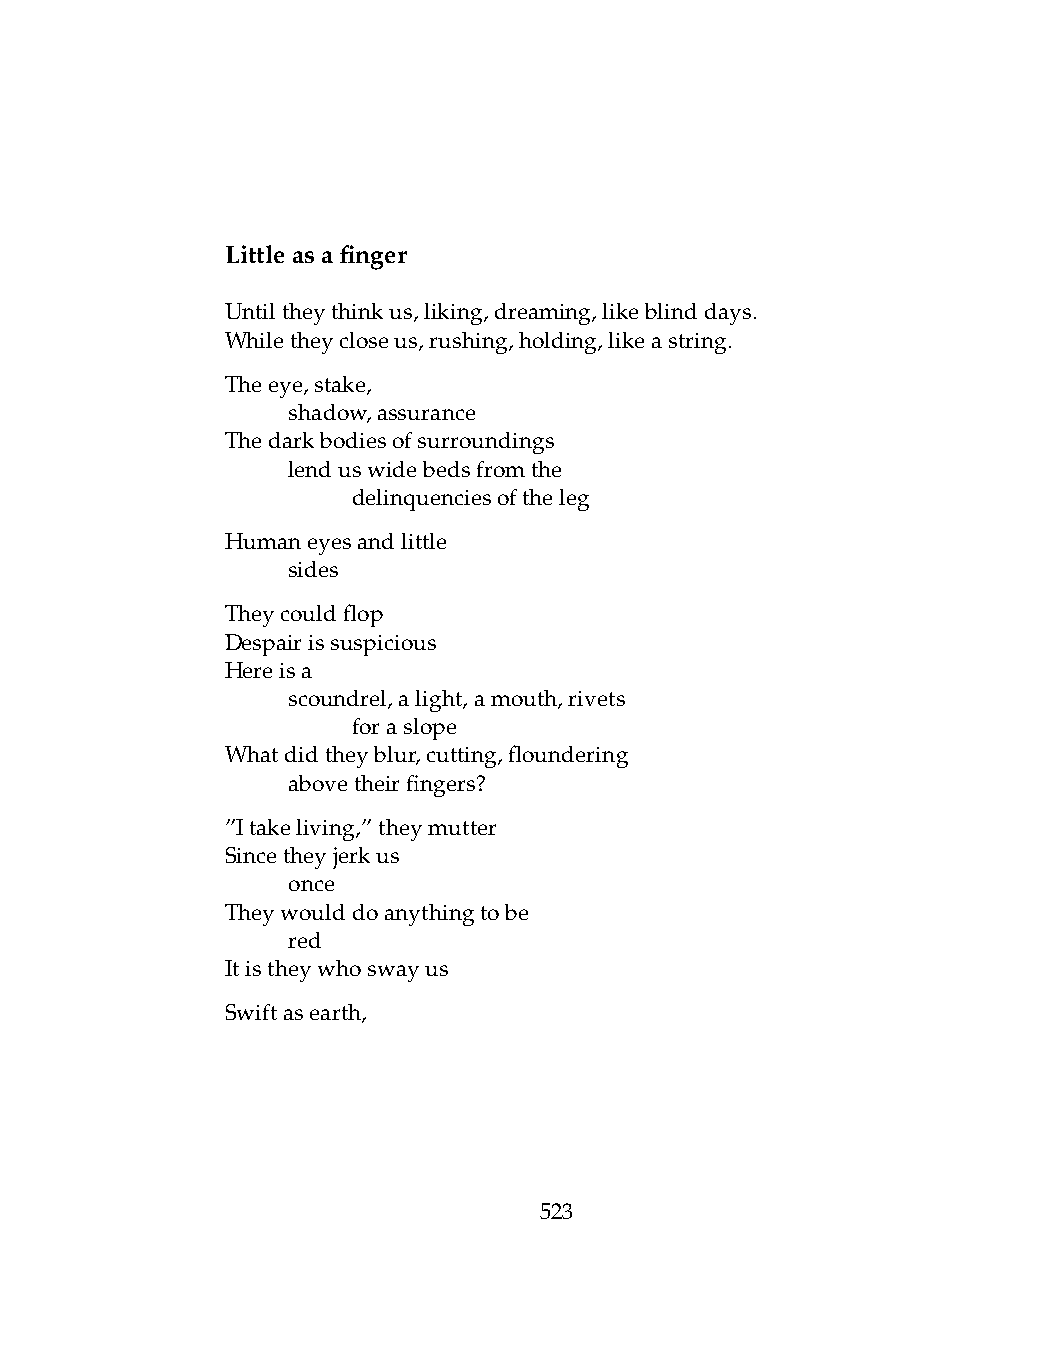
Littleasafinger
 Untiltheythinkus,liking,dreaming,likeblinddays.
 Whiletheycloseus,rushing,holding,likeastring.
 Theeye,stake,
 .   shadow,assurance
 Thedarkbodiesofsurroundings
 .   lenduswidebedsfromthe
 .   .   delinquenciesoftheleg
 Humaneyesandlittle
 .   sides
 Theycouldflop
 Despairissuspicious
 Hereisa
 .   scoundrel,alight,amouth,rivets
 .   .   foraslope
 Whatdidtheyblur,cutting,floundering
 .   abovetheirfingers?
 ”Itakeliving,”theymutter
 Sincetheyjerkus
 .   once
 Theywoulddoanythingtobe
 .   red
 Itistheywhoswayus
 Swiftasearth,
 523